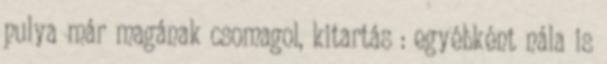
pulya már magának csomagol, kitartás : egyébként nála is